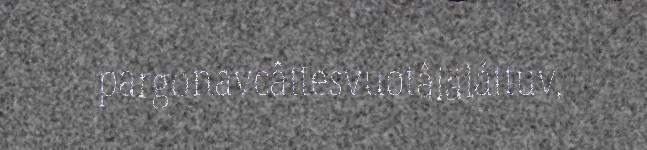
pargonavcâttesvuotâiäláttuv,